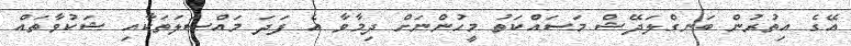
އޭގެ އިތުރުން ބަނގްލަދޭޝް މަސައްކަތު މީހުންނަށް ދިމާވާ އެ ފަދަ މައްސަލަތަކާއި ޝަކުވާތައް